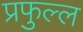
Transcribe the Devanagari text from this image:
प्रफुल्‍ल